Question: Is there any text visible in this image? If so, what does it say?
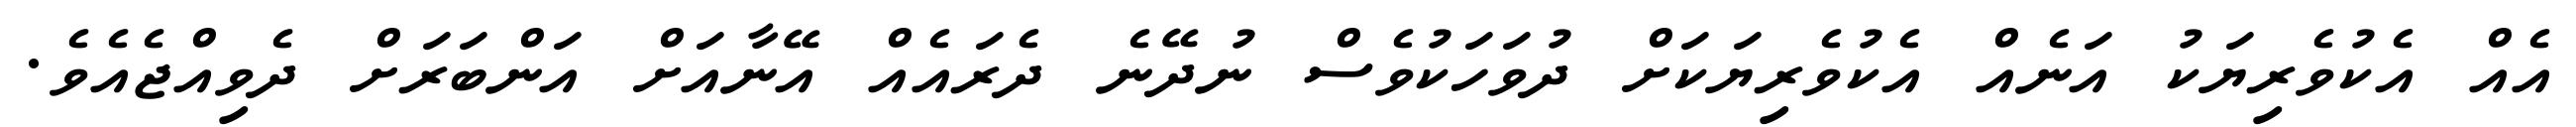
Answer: އެއް އެކުވެރިޔަކު އަނެއް އެކުވެރިޔަކަށް ދުވަހަކުވެސް ނުދޭނެ ދެރައެއް އޭނާއަށް އަންބަރަށް ދެވިއްޖެއެވެ.